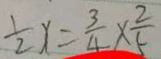
\frac { 1 } { 2 } x = \frac { 3 } { 4 } \times \frac { 2 } { 5 }